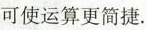
可使运算更简捷。